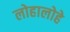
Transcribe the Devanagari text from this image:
लोहालोहे